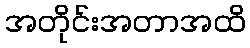
အတိုင်းအတာအထိ